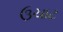
ઉચાટ